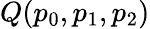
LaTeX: Q(p_{0},p_{1},p_{2})